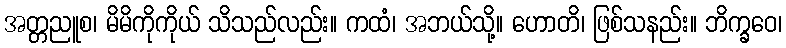
အတ္တညူစ၊ မိမိကိုကိုယ် သိသည်လည်း။ ကထံ၊ အဘယ်သို့။ ဟောတိ၊ ဖြစ်သနည်း။ ဘိက္ခဝေ၊